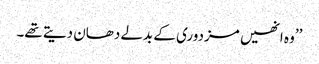
’’وہ انھیں مزدوری کے بدلے دھان دیتے تھے۔